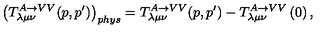
\left( T _ { \lambda \mu \nu } ^ { A \rightarrow V V } ( p , p ^ { \prime } ) \right) _ { p h y s } = T _ { \lambda \mu \nu } ^ { A \rightarrow V V } ( p , p ^ { \prime } ) - T _ { \lambda \mu \nu } ^ { A \rightarrow V V } \left( 0 \right) ,